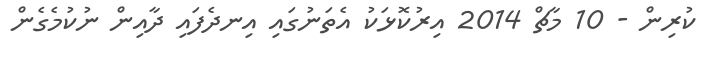
ކުރިން - 10 މާޗް 2014 އިރުކޮޅަކު އެތަނުގައި އިނދެފައި ދާއިން ނުކުމެގެން